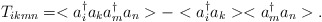
\begin{align*}T_{ikmn}=<a_{i}^{\dag}a_{k}a_{m}^{\dag}a_{n}>-<a_{i}^{\dag}a_{k}><a_{m}^{\dag}a_{n}>.\end{align*}